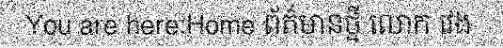
You are here:Home ព័ត៌មានថ្មី លោក វេង